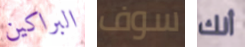
البراكين سوف أنك